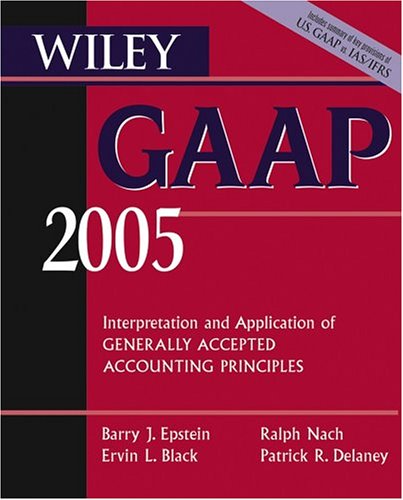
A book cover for Wiley GAAP 2005: Interpretation and Application of Generally Accepted Accounting Principles (Wiley GAAP for Governments: Interpretation & Application of GAAP for State & Local Governments); Patrick R.  Delaney; Business & Money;